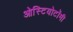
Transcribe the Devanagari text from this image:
ओस्टियोटॉमी